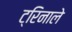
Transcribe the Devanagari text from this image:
ट्रिनाले